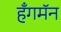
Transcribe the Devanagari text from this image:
हँगमॅन